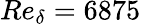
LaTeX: Re_{\delta}=6875